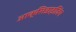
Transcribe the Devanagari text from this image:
आक्सिडाइज़िंग